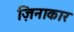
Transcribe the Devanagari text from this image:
ज़िनाकार